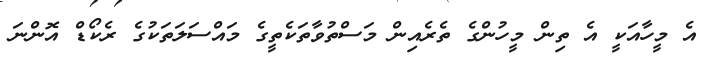
އެ މީހާއަކީ އެ ތިން މީހުންގެ ތެރެއިން މަސްތުވާތަކެތީގެ މައްސަލަތަކުގެ ރެކޯޑް އޮންނަ